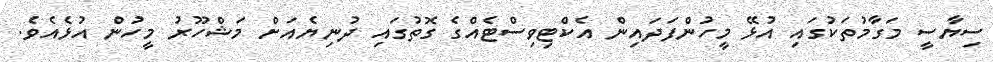
ސިޔާސީ މަގާމުތަކުގައި އުޅޭ މީހުންފަދައިން އެކްޓިވިސްޓެއްގެ ގޮތުގައި ދުނިޔެއަށް މަޝްހޫރު މީހުން އުޅެއެވެ.